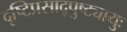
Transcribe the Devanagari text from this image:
दृष्टिप्रसाद्पुष्ट्यायुः